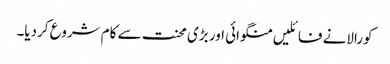
کورالانے فائلیں منگوائی اور بڑی محنت سے کام شروع کردیا۔